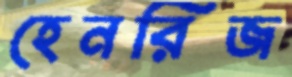
হেনরিজ